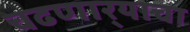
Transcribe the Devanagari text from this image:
चढणार्‍याचा